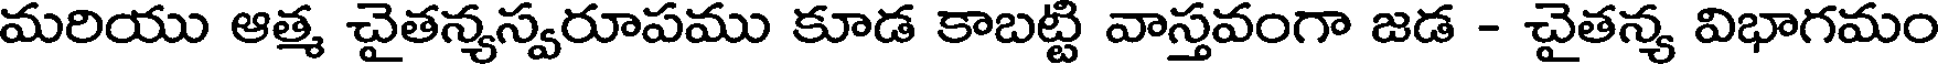
మరియు ఆత్మ చైతన్యస్వరూపము కూడ కాబట్టి వాస్తవంగా జడ - చైతన్య విభాగమం